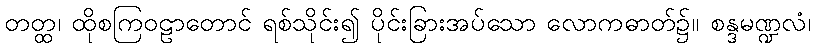
တတ္ထ၊ ထိုစကြဝဠာတောင် ရစ်သိုင်း၍ ပိုင်းခြားအပ်သော လောကဓာတ်၌။ စန္ဒမဏ္ဍလံ၊